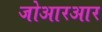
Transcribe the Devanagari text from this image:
जोआरआर